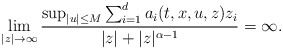
\begin{align*}\lim_{|z|\rightarrow\infty}\dfrac{\sup_{|u|\leq M} \sum_{i=1}^d a_i (t,x,u,z) z_i}{|z| + |z|^{\alpha - 1}} = \infty .\end{align*}